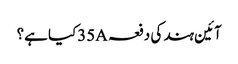
آئین ہند کی دفعہ 35Aکیا ہے؟